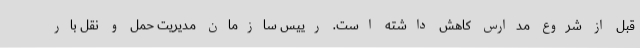
قبل از شروع مدارس کاهش داشته است. رییس سازمان مدیریت حمل و نقل بار